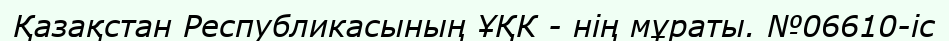
Қазақстан Республикасының ҰҚК - нің мұраты. №06610-іс